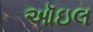
ઑઇલ